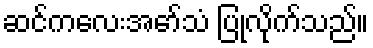
ဆင်ကလေးအော်သံ ပြုလိုက်သည်။